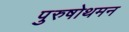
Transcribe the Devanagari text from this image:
पुरुषोथमन